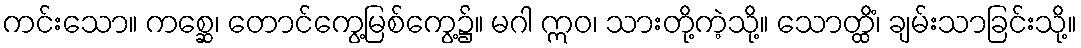
ကင်းသော။ ကစ္ဆေ၊ တောင်ကွေ့မြစ်ကွေ့၌။ မဂါ ဣဝ၊ သားတို့ကဲ့သို့။ သောတ္ထိံ၊ ချမ်းသာခြင်းသို့။